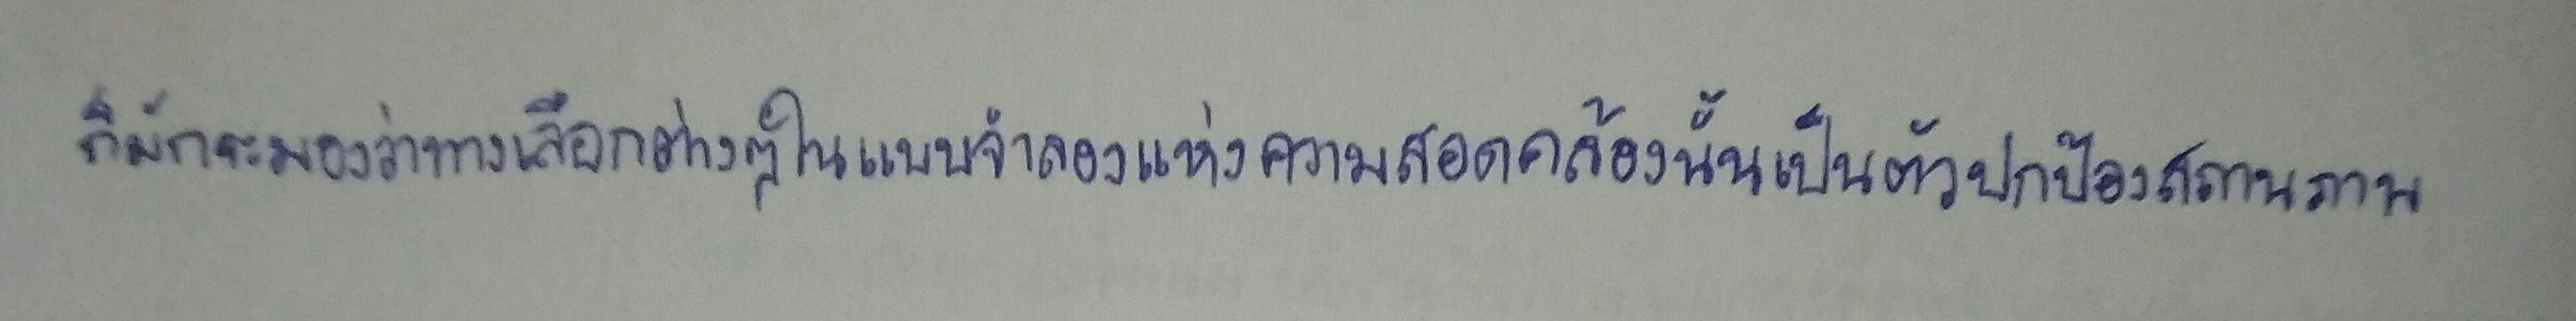
ก็มักจะมองว่าทางเลือกต่างๆในแบบจำลองแห่งความสอดคล้องนั้นเป็นตัวปกป้องสถานภาพ